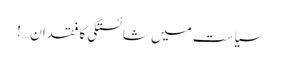
سیاست میں شائستگی کا فقدان …!